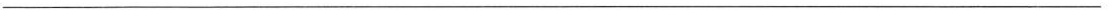
___